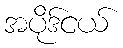
အပိုဒ်ငယ်